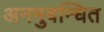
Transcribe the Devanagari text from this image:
अननुबन्धित